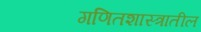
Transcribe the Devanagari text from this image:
गणितशास्त्रातील